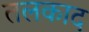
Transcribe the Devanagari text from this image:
तलकाद